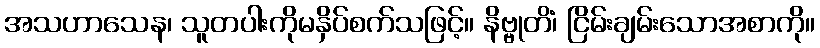
အသဟာသေန၊ သူတပါးကိုမနှိပ်စက်သဖြင့်။ နိဗ္ဗုတိံ၊ ငြိမ်းချမ်းသောအစာကို။